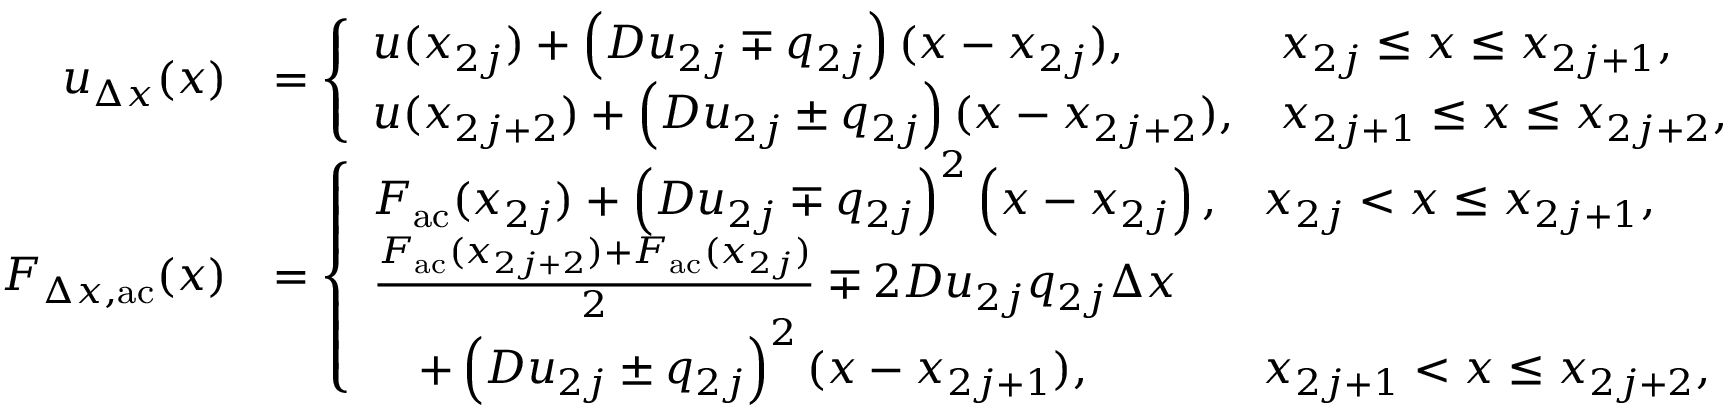
\begin{array} { r l } { u _ { \Delta x } ( x ) } & { = \left\{ \begin{array} { l l } { u ( x _ { 2 j } ) + \left( D u _ { 2 j } \mp q _ { 2 j } \right) ( x - x _ { 2 j } ) , } & { x _ { 2 j } \leq x \leq x _ { 2 j + 1 } , } \\ { u ( x _ { 2 j + 2 } ) + \left( D u _ { 2 j } \pm q _ { 2 j } \right) ( x - x _ { 2 j + 2 } ) , } & { x _ { 2 j + 1 } \leq x \leq x _ { 2 j + 2 } , } \end{array} \right. } \\ { F _ { \Delta x , \mathrm { a c } } ( x ) } & { = \left\{ \begin{array} { l l } { F _ { \mathrm { a c } } ( x _ { 2 j } ) + \left( D u _ { 2 j } \mp q _ { 2 j } \right) ^ { 2 } \left( x - x _ { 2 j } \right) , } & { x _ { 2 j } < x \leq x _ { 2 j + 1 } , } \\ { \frac { F _ { \mathrm { a c } } ( x _ { 2 j + 2 } ) + F _ { \mathrm { a c } } ( x _ { 2 j } ) } { 2 } \mp 2 D u _ { 2 j } q _ { 2 j } \Delta x } \\ { \quad + \left( D u _ { 2 j } \pm q _ { 2 j } \right) ^ { 2 } ( x - x _ { 2 j + 1 } ) , } & { x _ { 2 j + 1 } < x \leq x _ { 2 j + 2 } , } \end{array} \right. } \end{array}